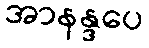
အာနန္ဒပေ